Annual report of the Punjab Veterinary College and of the Civil Veterinary Department, Punjab - 1909-1919
Year: 1909
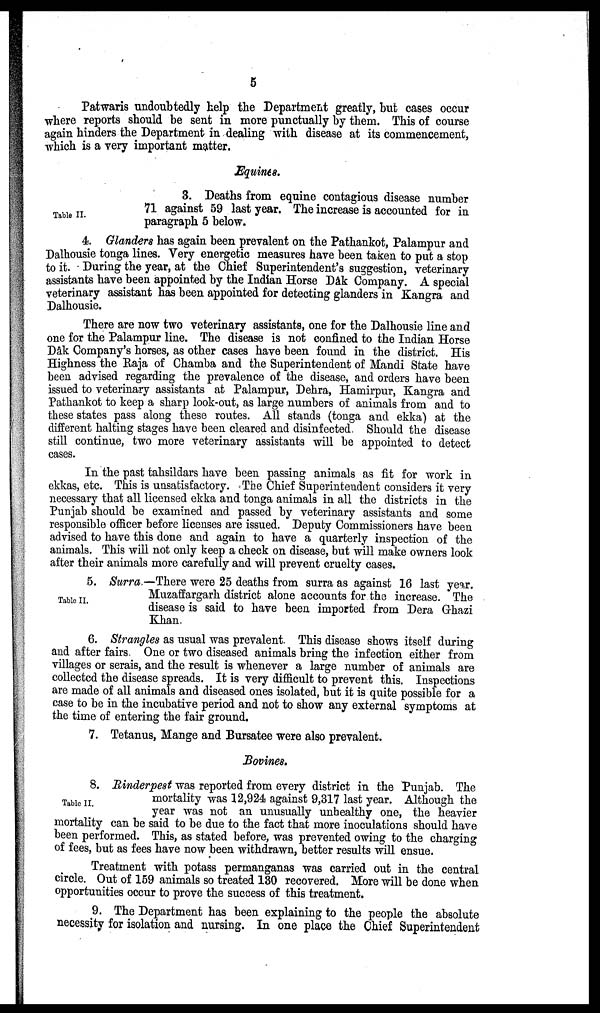
5
Patwaris undoubtedly help the Department greatly, but cases occur
where reports should be sent in more punctually by them. This of course
again hinders the Department in dealing with disease at its commencement,
which is a very important matter.
Equines.
Table II.
3. Deaths from equine contagious disease number
71 against 59 last year. The increase is accounted for in
paragraph 5 below.
4. Glanders has again been prevalent on the Pathankot, Palampur and
Dalhousie tonga lines. Very energetic measures have been taken to put a stop
to it. During the year, at the Chief Superintendent's suggestion, veterinary
assistants have been appointed by the Indian Horse Dâk Company. A special
veterinary assistant has been appointed for detecting glanders in Kangra and
Dalhousie.
There are now two veterinary assistants, one for the Dalhousie line and
one for the Palampur line. The disease is not confined to the Indian Horse
Dâk Company's horses, as other cases have been found in the district. His
Highness the Raja of Chamba and the Superintendent of Mandi State have
been advised regarding the prevalence of the disease, and orders have been
issued to veterinary assistants at Palampur, Dehra, Hamirpur, Kangra and
Pathankot to keep a sharp look-out, as large numbers of animals from and to
these states pass along these routes. All stands (tonga and ekka) at the
different halting stages have been cleared and disinfected. Should the disease
still continue, two more veterinary assistants will be appointed to detect
cases.
In the past tahsildars have been passing animals as fit for work in
ekkas, etc. This is unsatisfactory. The Chief Superintendent considers it very
necessary that all licensed ekka and tonga animals in all the districts in the
Punjab should be examined and passed by veterinary assistants and some
responsible officer before licenses are issued. Deputy Commissioners have been
advised to have this done and again to have a quarterly inspection of the
animals. This will not only keep a check on disease, but will make owners look
after their animals more carefully and will prevent cruelty cases.
Table II.
5. Surra.—There were 25 deaths from surra as against 16 last year.
Muzaffargarh district alone accounts for the increase. The
disease is said to have been imported from Dera Ghazi
Khan.
6. Strangles as usual was prevalent. This disease shows itself during
and after fairs One or two diseased animals bring the infection either from
villages or serais, and the result is whenever a large number of animals are
collected the disease spreads. It is very difficult to prevent this. Inspections
are made of all animals and diseased ones isolated, but it is quite possible for a
case to be in the incubative period and not to show any external symptoms at
the time of entering the fair ground.
7. Tetanus, Mange and Bursatee were also prevalent.
Bovines.
Table II.
8. Rinderpest was reported from every district in the Punjab. The
mortality was 12,924 against 9,317 last year. Although the
year was not an unusually unhealthy one, the heavier
mortality can be said to be due to the fact that more inoculations should have
been performed. This, as stated before, was prevented owing to the charging
of fees, but as fees have now been withdrawn, better results will ensue.
Treatment with potass permanganas was carried out in the central
circle. Out of 159 animals so treated 130 recovered. More will be done when
opportunities occur to prove the success of this treatment.
9. The Department has been explaining to the people the absolute
necessity for isolation and nursing. In one place the Chief Superintendent